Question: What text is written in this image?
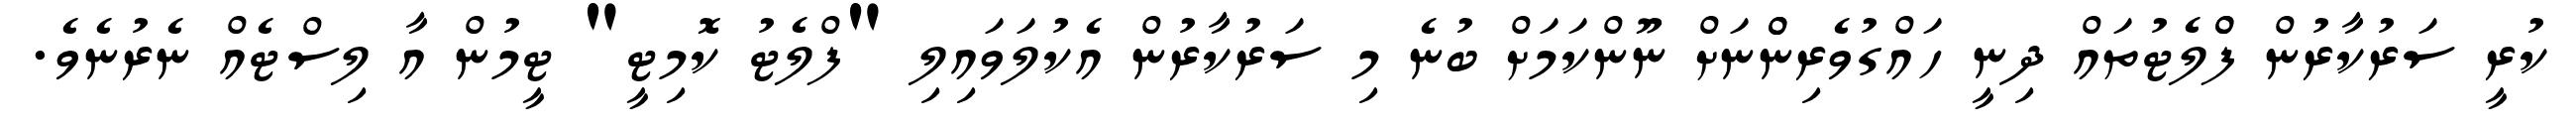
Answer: ކުރީ ސަރުކާރުން ފްްލެޓުތައް ދިނީ ހައްގުވެރިންްނަށް ނޫންކަމަށް ބުނެ މި ސަރުކާރުން އެކުލަވައިލި "ފްލެޓު ކޮމިޓީ" ޓީމުން އާ ލިސްޓެއް ނެރުނެވެ.